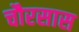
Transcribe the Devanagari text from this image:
चौरसास